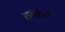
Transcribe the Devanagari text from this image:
ताकेरू